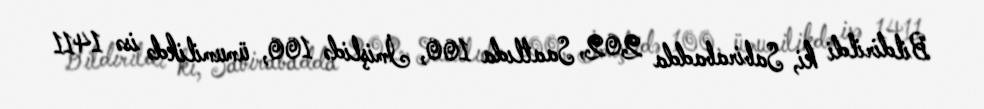
Bildirildi ki, Sabirabadda 202, Saatlıda 100, İmişlidə 100, ümumilikdə isə 1411